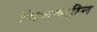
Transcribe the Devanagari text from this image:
विभवहीन